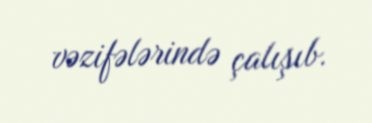
vəzifələrində çalışıb.